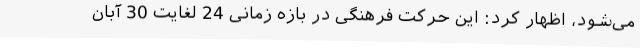
می‌شود، اظهار کرد: این حرکت فرهنگی در بازه زمانی 24 لغایت 30 آبان